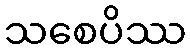
သစေပိဿ